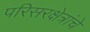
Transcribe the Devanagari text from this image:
परिसरक्षेत्रांचे